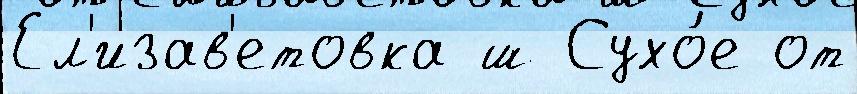
Ел'изав'етовка ш Сухо́е от